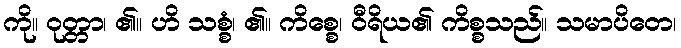
ကို။ ဝုတ္တာ၊ ၏။ ဟိ သစ္စံ၊ ၏။ ကိစ္စေ၊ ဝီရိယ၏ ကိစ္စသည်။ သမာပိတေ၊